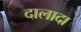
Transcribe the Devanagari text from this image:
दालादा